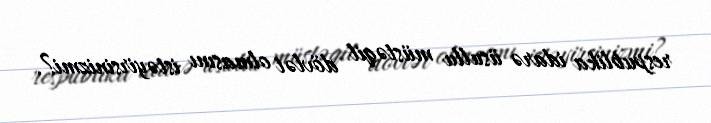
respublika idarə üsullu müstəqil dövlət olmasını istəyirsinizmi?.